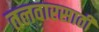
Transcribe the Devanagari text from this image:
तलवारसाठी